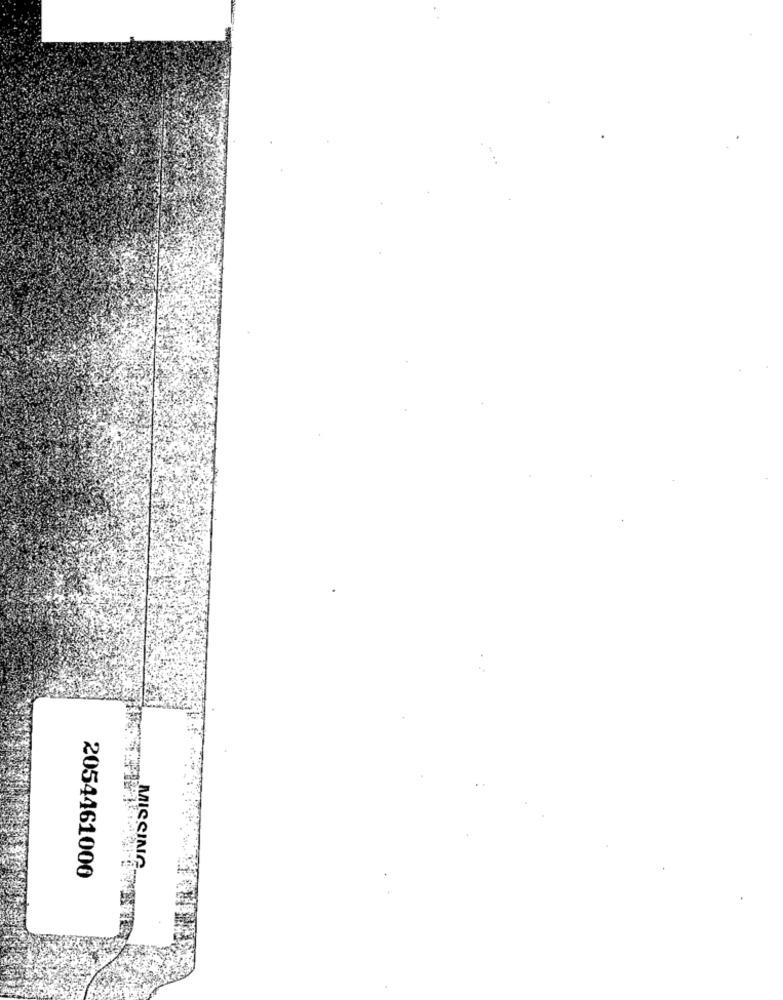
2054461000
MISSING